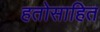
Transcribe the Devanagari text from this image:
हतोसाहित